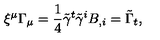
\xi ^ { \mu } \Gamma _ { \mu } = \frac 1 4 \tilde { \gamma } ^ { t } \tilde { \gamma } ^ { i } B _ { , i } = \tilde { \Gamma } _ { t } ,